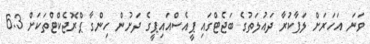
ވަނަ އަހަރަށް ލަފާކުރާ ދައުލަތުގެ ބަޖެޓްގައި ޕީއެސްއައިޕީގެ ދަށުން ހިންގާ ޕްރޮޖެކްޓްތަކަށް 6.3